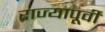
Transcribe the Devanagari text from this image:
राज्यापूर्वीं